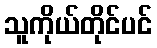
သူကိုယ်တိုင်ပင်